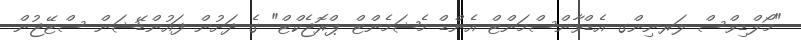
"މޯލްޑިވްސް ލަރނިންގ އެޑްވާންސްމަންޓް އެންޑް މެޝަމެންޓް ޕްރޮޖެކްޓް" ގެ ދަށުން ފައުންޑޭޝަން ސްޓޭޖުން